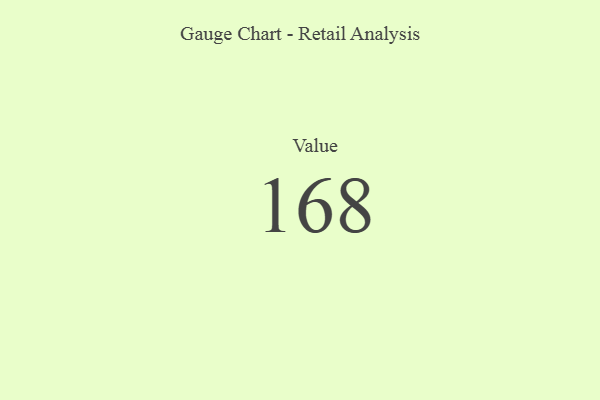
{"axis": {"x": "Metric", "y": "Value"}, "legend": [""], "data": [{"x": "Value", "y": 168, "type": ""}]}